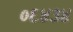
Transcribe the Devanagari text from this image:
०६४३४